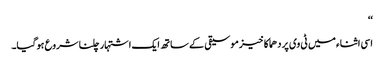
‘‘
اسی اثناء میں ٹی وی پر دھماکا خیز موسیقی کے ساتھ ایک اشتہار چلنا شروع ہوگیا۔